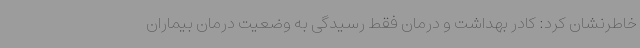
خاطرنشان کرد: کادر بهداشت و درمان فقط رسیدگی به وضعیت درمان بیماران